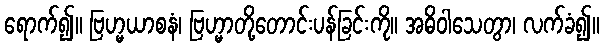
ရောက်၍။ ဗြဟ္မယာစနံ၊ ဗြဟ္မာတို့တောင်းပန်ခြင်းကို။ အဓိဝါသေတွာ၊ လက်ခံ၍။